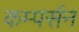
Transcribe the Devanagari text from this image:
कम्पर्सन